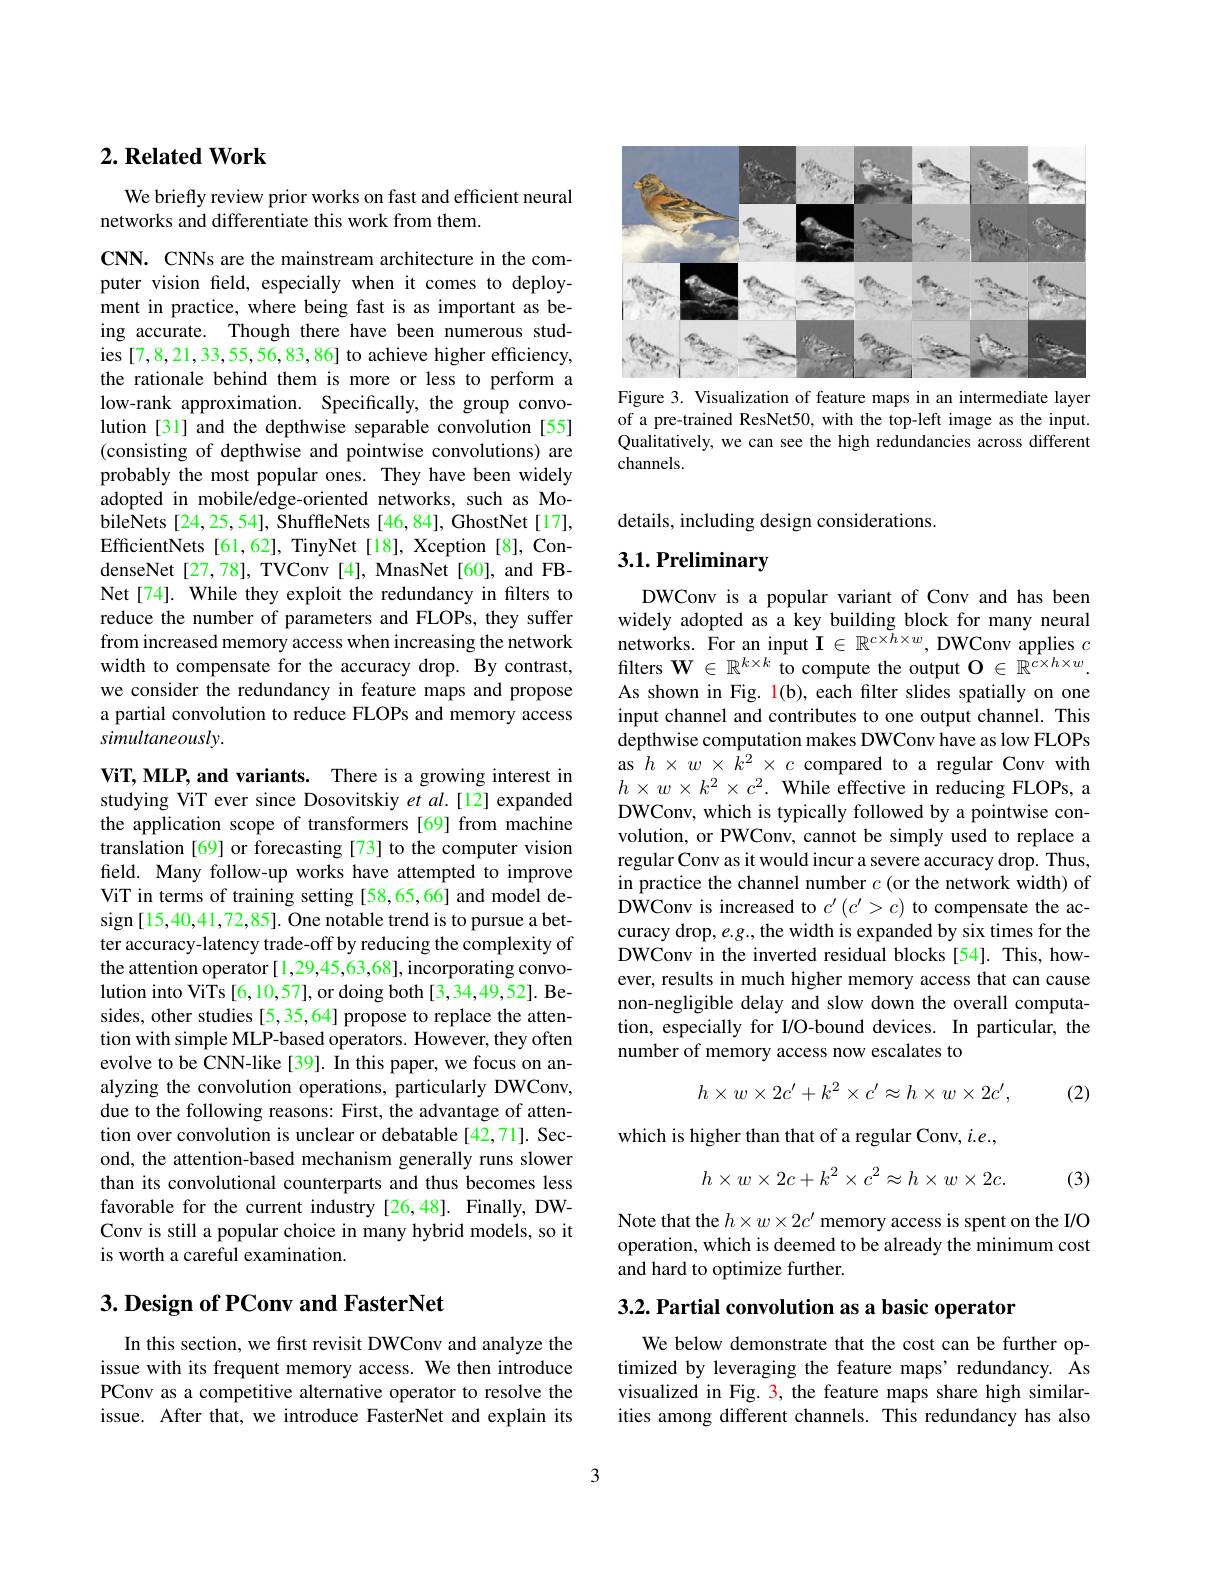
## $2. \textbf{Related Work}$

We briefly review prior works on fast and efficient neural
networks and differentiate this work from them

CNN. CNNs are the mainstream architecture in the computer vision feld, especially when it comes to deployment in practice, where being fast is as important as being accurate. Though there have been numerous studies [7,8,21,33,55,56,83,86] to achieve higher efficiency, the rationale behind them is more or less to perform a low-rank approximation. Specifically, the group convolution [31] and the depthwise separable convolution [55] (consisting of depthwise and pointwise convolutions) are probably the most popular ones. They have been widely adopted in mobile/edge-oriented networks, such as MobileNets[24,25,54], ShuffleNets[46,84], GhostNet[17], EfficientNets [61,62], TinyNet [18], Xception [8], CondenseNet[27,78], TVConv[4], MnasNet[60], and FBNet[74]. While they exploit the redundancy in filters to reduce the number of parameters and FLOPs, they suffer from increased memory access when increasing the network width to compensate for the accuracy drop. By contrast, we consider the redundancy in feature maps and propose a partial convolution to reduce FLOPs and memory access simultaneously.

ViT, MLP, and variants. There is a growing interest in studying ViT ever since Dosovitskiy et al.[12] expanded the application scope of transformers [69] from machine translation [69] or forecasting [73] to the computer vision field. Many follow-up works have attempted to improve ViT in terms of training setting [58,65,66] and model design[15,40,41,72,85]. One notable trend is to pursue a better accuracy-latency trade-off by reducing the complexity of the attention operator [1,29,45,63,68], incorporating convolution into ViTs [6,10,57], or doing both [3,34,49,52]. Besides, other studies [5,35,64] propose to replace the attention with simple MLP-based operators. However, they often evolve to be CNN-like [39]. In this paper, we focus on analyzing the convolution operations, particularly DWConv, due to the following reasons: First, the advantage of attention over convolution is unclear or debatable [42,71]. Second, the attention-based mechanism generally runs slower than its convolutional counterparts and thus becomes less favorable for the current industry [26,48]. Finally, DWConv is still a popular choice in many hybrid models, so it is worth a careful examination.

## $3. \textbf{ Design of PConv and FasterNet}$

In this section, we first revisit DWConv and analyze the issue with its frequent memory access. We then introduce PConv as a competitive alternative operator to resolve the issue. After that, we introduce FasterNet and explain its

<FigureHere>
Figure 3. Visualization of feature maps in an intermediate layer

of a pre-trained ResNet50, with the top-left image as the input. Qualitatively, we can see the high redundancies across different channels.

details, including design considerations.

# 3.1. Preliminary

DWConv is a popular variant of Conv and has been widely adopted as a key building block for many neural networks. For an input $\mathbf{I}\in\mathbb{R}^{c\times h\times w}$, DWConv applies $c$ filters $\mathbf{W}\in\mathbb{R}^{k\times k}$ to compute the output $\mathbf{O}\in\mathbb{R}^{c\times h\times w}.$ As shown in Fig. l(b), each filter slides spatially on one input channel and contributes to one output channel. This depthwise computation makes DWConv have as low FLOPs as $h\times w\times\hat{k}^{2}\times c$ compared to a regular Conv with $h\times w\times k^{2}\times c^{2}.$ While effective in reducing FLOPs, a DWConv, which is typically followed by a pointwise convolution, or PWConv, cannot be simply used to replace a regular Conv as it would incur a severe accuracy drop. Thus, in practice the channel number $c$ (or the network width) of D$\hat{\mathrm{WConv~is~increased~to~}}c^{\prime}\left(c^{\prime}>c\right)$to compensate the accuracy drop, $e.g.$, the width is expanded by six times for the DWConv in the inverted residual blocks [54]. This, however, results in much higher memory access that can cause non-negligible delay and slow down the overall computation, especially for I/O-bound devices. In particular, the number of memory access now escalates to
$$h\times w\times2c'+k^2\times c'\approx h\times w\times2c',$$
(2)

which is higher than that of a regular Conv, $i.e.$,
$$h\times w\times2c+k^2\times c^2\approx h\times w\times2c.$$
(3)

Note that the $h\times w\times2c^\prime$ memory access is spent on the I/O operation, which is deemed to be already the minimum cost and hard to optimize further.

$3. 2. \textbf{ Partial convolution as a basic operator}$

We below demonstrate that the cost can be further optimized by leveraging the feature maps' redundancy. As visualized in Fig. 3, the feature maps share high similarities among different channels. This redundancy has also

3